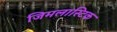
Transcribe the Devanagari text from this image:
जिमलास्टिक